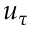
u _ { \tau }